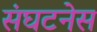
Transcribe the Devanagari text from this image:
संघटनेस